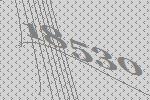
18530